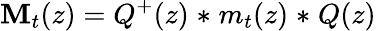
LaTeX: \mathbf{M}_{t}(z)=Q^{+}(z)\mathrel{\ast}m_{t}(z)\mathrel{\ast}Q(z)